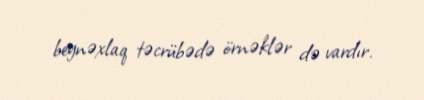
beynəxlaq təcrübədə örnəklər də vardır.